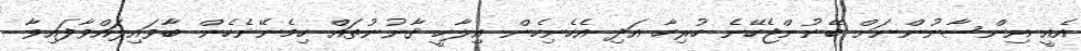
އެއީ އިންސާނުންނަށް ބޭނުންޖެހޭނެ ހުރިހާ އަދި އެހެނިހެން އިލާހީ ޤާނުނުތައް ހިމެނޭނެހެން ބާވައިލައްވާފައިވާ